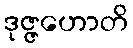
ဒုဇ္ဇဟောတိ